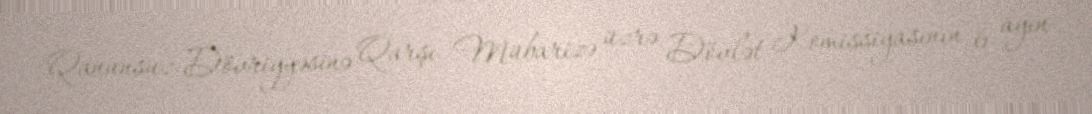
Qanunsuz Dövriyyəsinə Qarşı Mübarizə üzrə Dövlət Komissiyasının 6 ayın